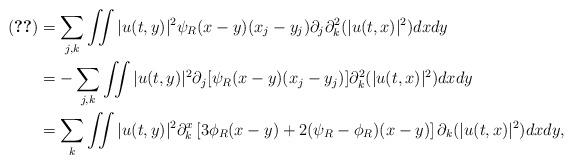
LaTeX: \begin{align*}\eqref{term-2} &= \sum_{j,k} \iint |u(t,y)|^2 \psi_R(x-y) (x_j-y_j) \partial_j \partial^2_k (|u(t,x)|^2) dx dy \\&= - \sum_{j,k} \iint |u(t,y)|^2 \partial_j[\psi_R(x-y) (x_j-y_j)] \partial^2_k (|u(t,x)|^2) dx dy \\&= \sum_k \iint |u(t,y)|^2 \partial^x_k \left[3\phi_R(x-y) +2(\psi_R-\phi_R)(x-y) \right] \partial_k(|u(t,x)|^2) dx dy, \end{align*}